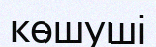
көшуші